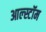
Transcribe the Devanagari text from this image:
आल्स्टॉम